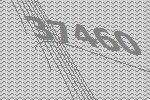
37460